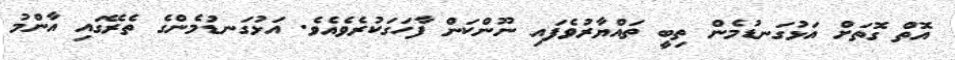
އޮތް ގޮތަށް އަޅުގަނޑުމެން ތިބީ ތައްޔާރުވެފައި ނޫންކަން ފާހަގަކުރެވެއެވެ. އަޅުގަނޑުމެންގެ ތެރޭގައި އާންމު